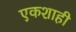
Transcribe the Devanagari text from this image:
एकशाही